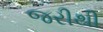
જરીથી